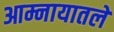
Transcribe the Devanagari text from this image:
आम्नायातले